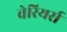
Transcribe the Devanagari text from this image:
वेरियर्स